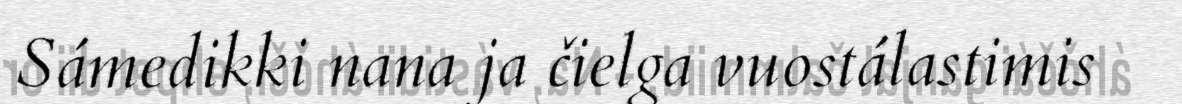
Sámedikki nana ja čielga vuostálastimis